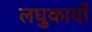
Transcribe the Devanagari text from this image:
लघुकायों